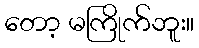
တော့ မကြိုက်ဘူး။